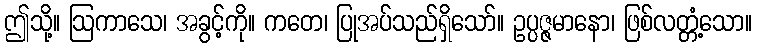
ဤသို့။ ဩကာသေ၊ အခွင့်ကို။ ကတေ၊ ပြုအပ်သည်ရှိသော်။ ဥပ္ပဇ္ဇမာနော၊ ဖြစ်လတ္တံ့သော။